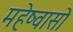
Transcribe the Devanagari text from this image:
महेष्वासो